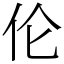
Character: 伦